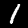
Label: 1